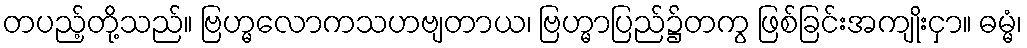
တပည့်တို့သည်။ ဗြဟ္မလောကသဟဗျတာယ၊ ဗြဟ္မာပြည်၌တကွ ဖြစ်ခြင်းအကျိုးငှာ။ ဓမ္မံ၊